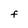
Character: F